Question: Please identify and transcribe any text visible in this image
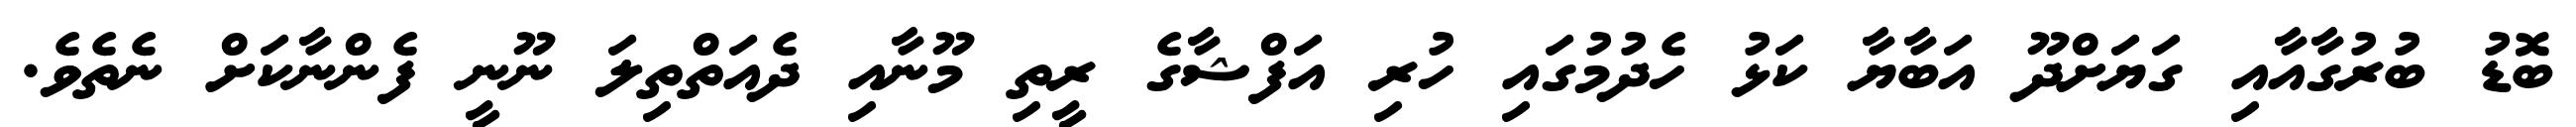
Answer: ބޮޑު ބުރުގާއާއި ގަޔަށްދޫ އަބާޔާ ކަޅު ހެދުމުގައި ހުރި އަފްޝާގެ ރީތި މޫނާއި ދެއަތްތިލަ ނޫނީ ފެންނާކަށް ނެތެވެ.